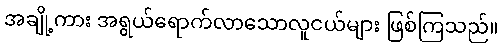
အချို့ကား အရွယ်ရောက်လာသောလူငယ်များ ဖြစ်ကြသည်။